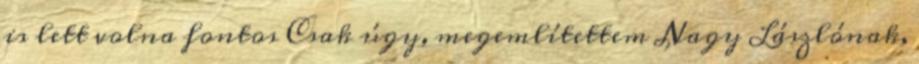
is lett volna fontos Csak úgy, megemlítettem Nagy László­nak,